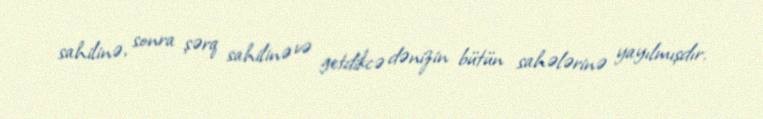
sahilinə, sonra şərq sahilinə və getdikcə dənizin bütün sahələrinə yayılmışdır.